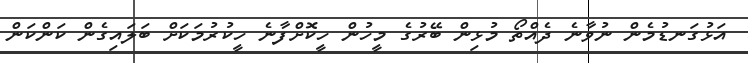
އަޅުގަނޑުމެން ނުވާނެ ދެއްތޯ މުޅިން ބޭރުގެ މީހުން ހީކޮށްފާނެ ހީކުރުމަކަށް ބަލައިގެން ކަންކަން